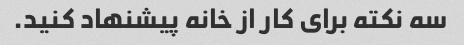
سه نکته برای کار از خانه پیشنهاد کنید.